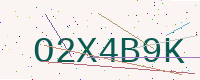
Text: O2X4B9K